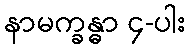
နာမက္ခန္ဓာ ၄-ပါး